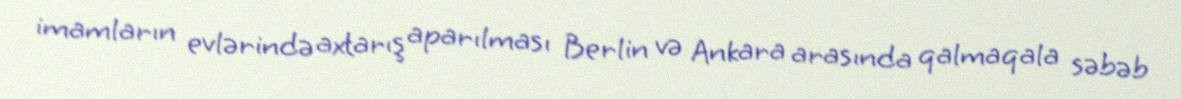
imamların evlərində axtarış aparılması Berlin və Ankara arasında qalmaqala səbəb